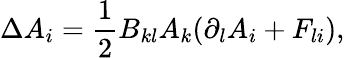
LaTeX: \Delta A_{i}=\frac{1}{2}B_{kl}A_{k}(\partial_{l}A_{i}+F_{li}),